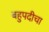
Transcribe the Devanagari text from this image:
बहुपदीचा